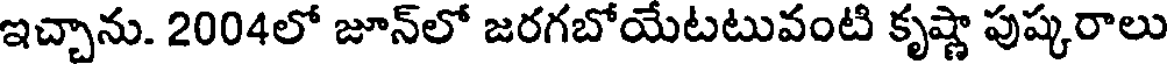
ఇచ్చాను. 2004లో జూన్లో జరగబోయేటటువంటి కృష్ణా పుష్కరాలు